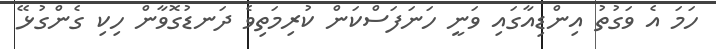
ހަމަ އެ ވަގުތު އިންޑިއާގައި ވަނީ ހަނަފަސްކަން ކުރިމަތިވެ ދަނޑުގޮވާން ހިކި ގެންގުޅޭ